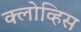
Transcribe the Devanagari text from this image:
क्लोव्हिस